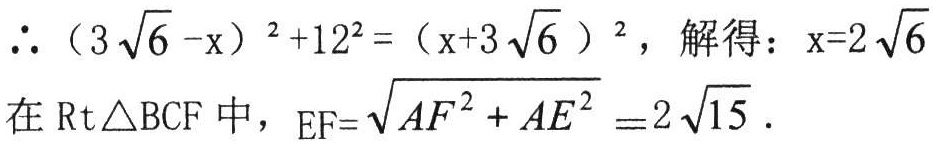
$\therefore (3\sqrt{6}-x)^{2}+12^{2}=(x + 3\sqrt{6})^{2}$, 解得：$x = 2\sqrt{6}$
在$\text{Rt}\triangle BCF$中，$EF=\sqrt{AF^{2}+AE^{2}}=2\sqrt{15}$.